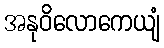
အနုဝိလောကေယျံ